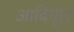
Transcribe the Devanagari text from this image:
आदिमूल